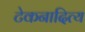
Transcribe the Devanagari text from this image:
टेकनादित्य